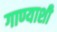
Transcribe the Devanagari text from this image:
गाण्याशी